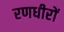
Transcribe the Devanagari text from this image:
रणधीरों